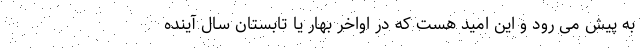
به پیش می رود و این امید هست که در اواخر بهار یا تابستان سال آینده